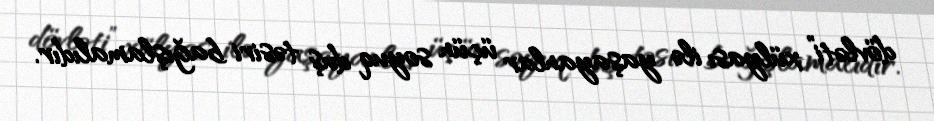
dövləti” xülyası ilə yaşayanlar üçün soyuq duş təsiri bağışlamalıdır.